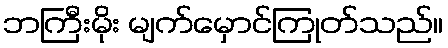
ဘကြီးမိုး မျက်မှောင်ကြုတ်သည်။